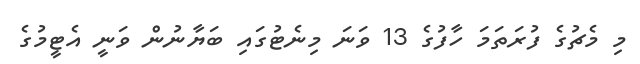
މި މެޗުގެ ފުރަތަމަ ހާފުގެ 13 ވަނަ މިނެޓުގައި ބަޔާނުން ވަނީ އެޓީމުގެ